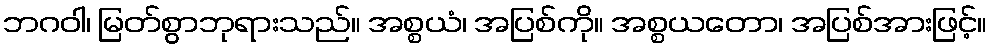
ဘဂဝါ၊ မြတ်စွာဘုရားသည်။ အစ္စယံ၊ အပြစ်ကို။ အစ္စယတော၊ အပြစ်အားဖြင့်။